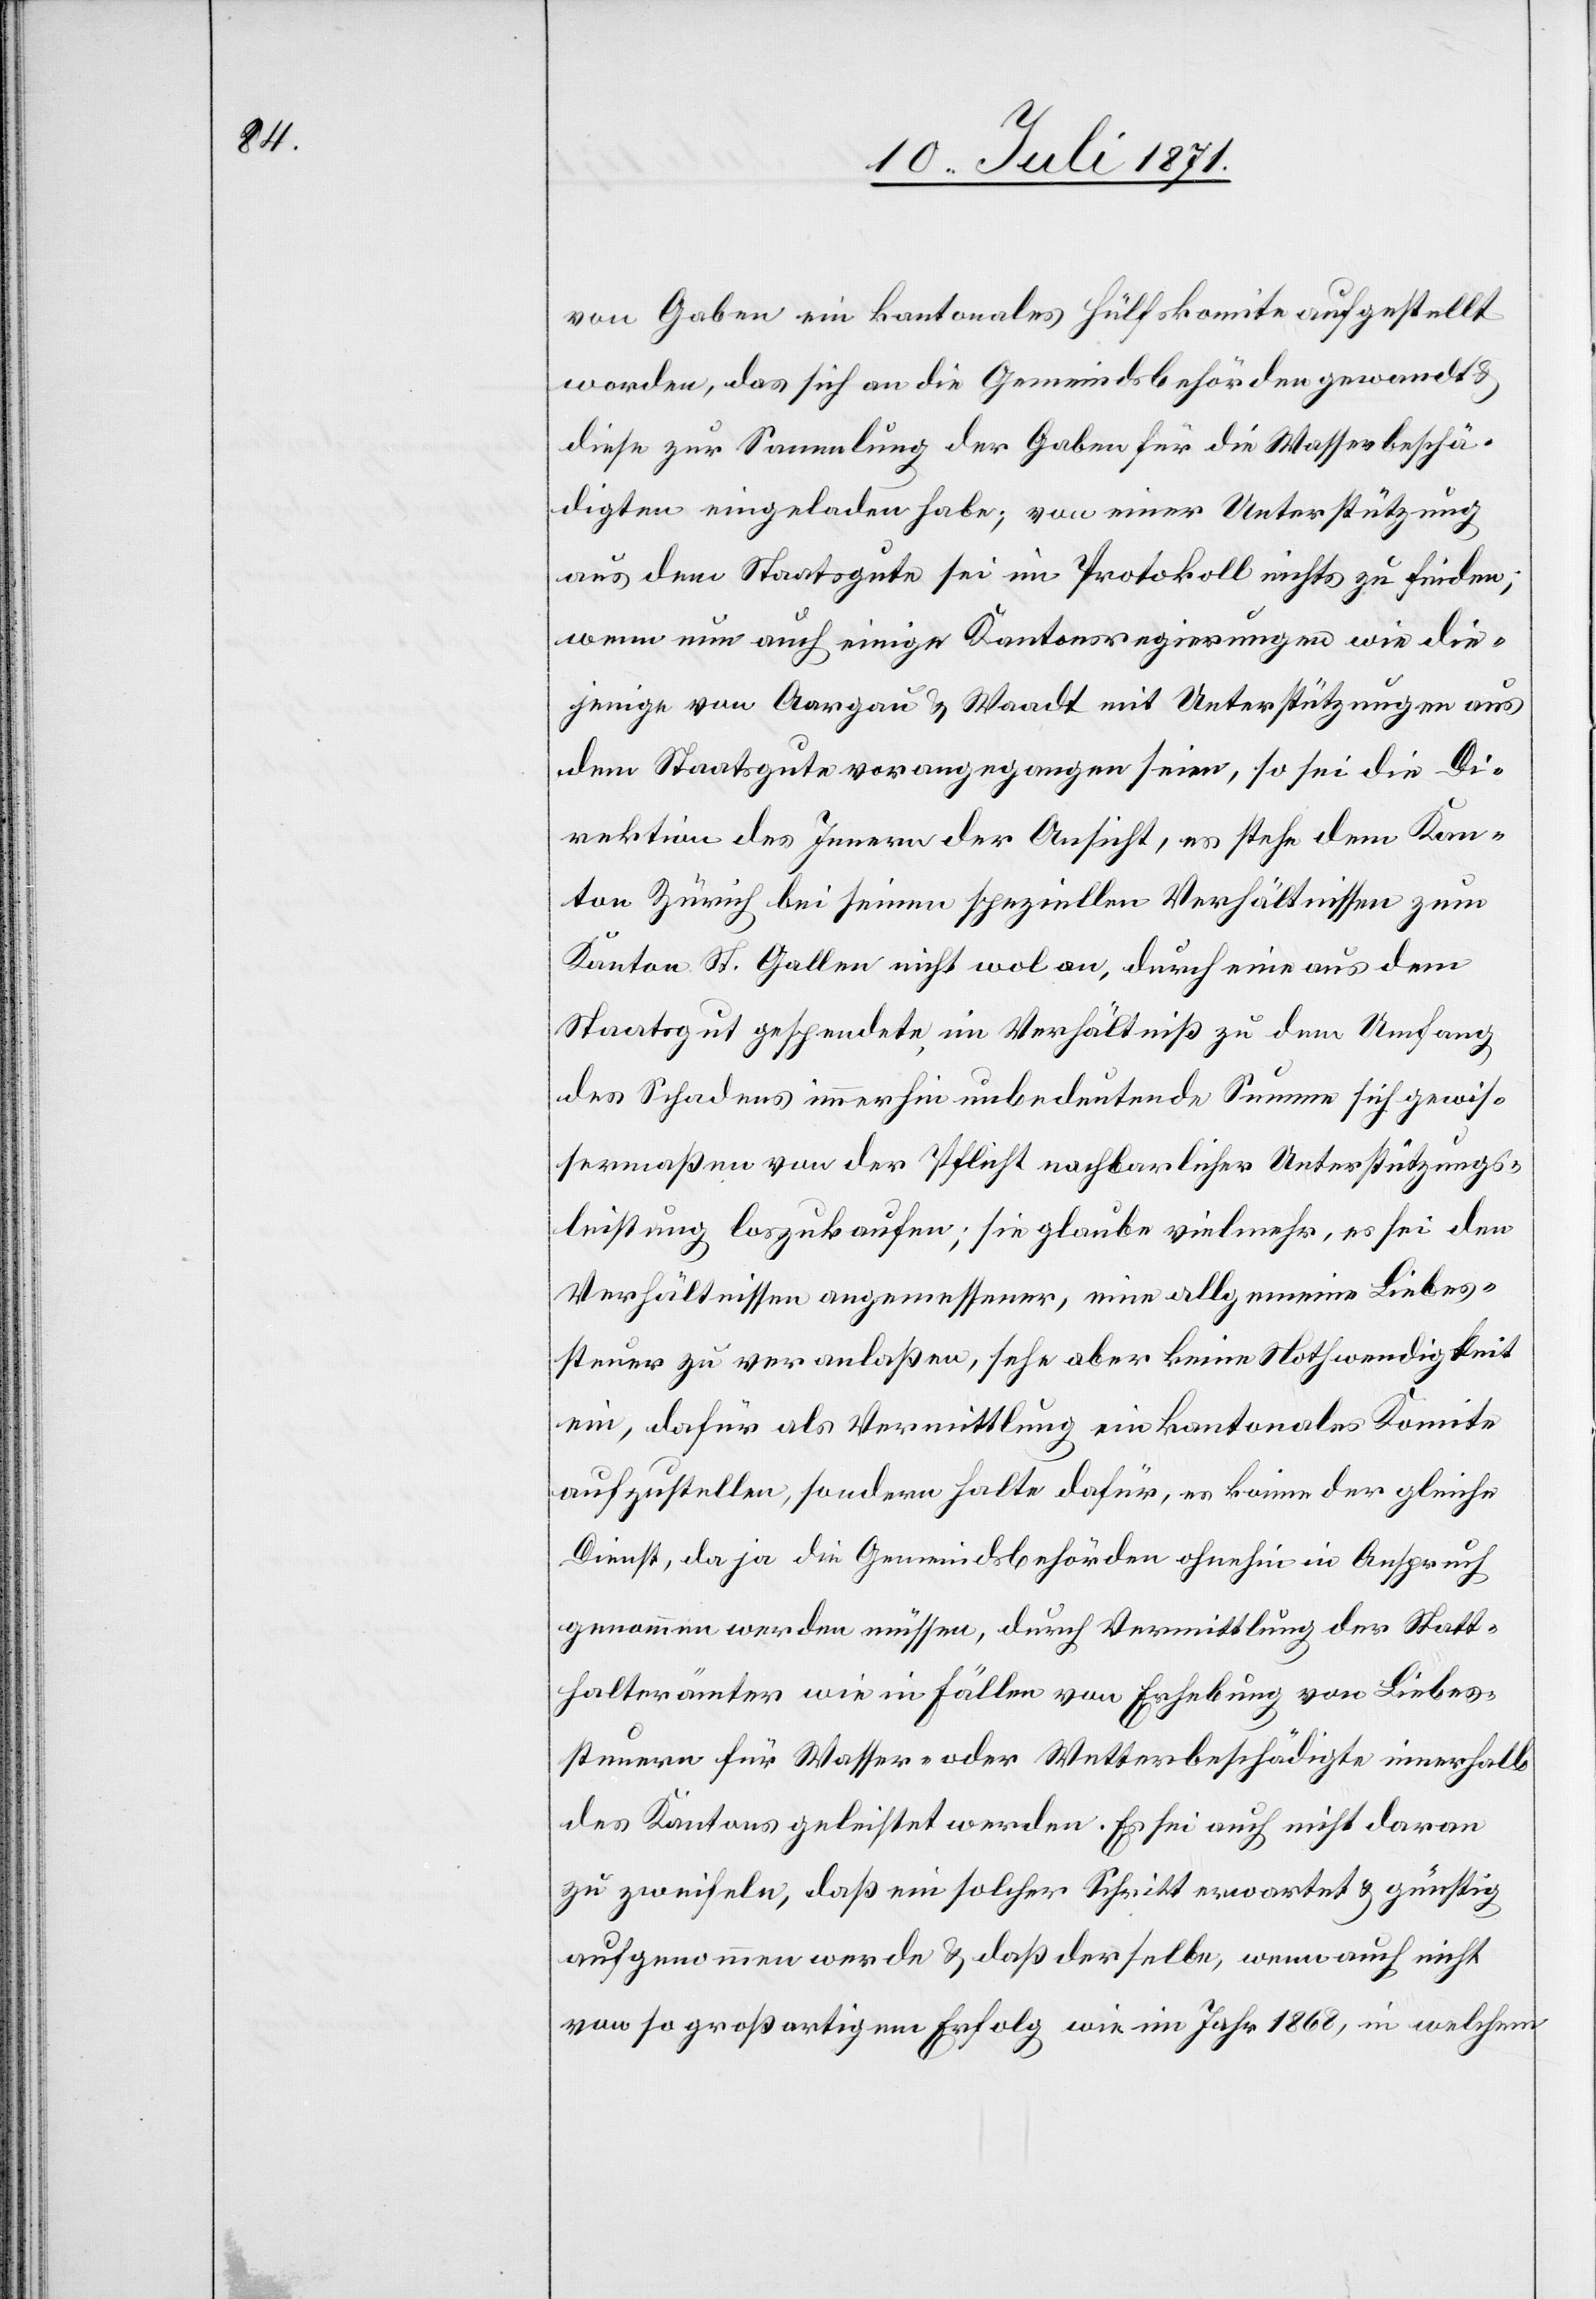
von Gaben ein kantonales Hülfskomite aufgestellt
worden, das sich an die Gemeindsbehörden gewandt u.
diese zur Sammlung der Gaben für die Wasserbeschä¬
digten eingeladen habe; von einer Unterstützung
aus dem Staatsgute sei im Protokoll nichts zu finden;
wenn nun auch einige Kantonsregierungen wie die¬
jenige von Aargau u. Waadt mit Unterstützungen aus
dem Staatsgute vorangegangen seien, so sei die Di¬
rektion des Innern der Ansicht, es stehe dem Kan¬
ton Zürich bei seinen speziellen Verhältnissen zum
Kanton St. Gallen nicht wol an, durch eine aus dem
Staatsgut gespendete, im Verhältniß zu dem Umfang
des Schadens immerhin unbedeutende Summe sich gewis¬
sermaßen von der Pflicht nachbarlicher Unterstützungs¬
leistung loszukaufen; sie glaube vielmehr, es sei den
Verhältnissen angemessener, eine allgemeine Liebes¬
steuer zu veranlaßen, sehe aber keine Nothwendigkeit
ein, dafür als Vermittlung ein kantonales Komite
aufzustellen, sondern halte dafür, es könne der gleiche
Dienst, da ja die Gemeindsbehörden ohnehin in Anspruch
genommen werden müsse, durch Vermittlung der Statt¬
halterämter wie in Fällen von Erhebung von Liebes¬
steuern für Wasser- oder Wetterbeschädigten innerhalb
des Kantons geleistet werden. Es sei auch nicht daran
zu zweifeln, daß ein solcher Schritt erwartet u. günstig
aufgenommen werde u. daß derselbe, wenn auch nicht
von so großartigem Erfolg wie im Jahr 1868, in welchem